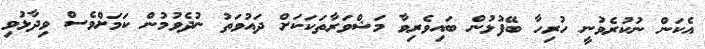
އެކަން ނުކުރެވުނީ ހުރިހާ ބޭފުޅުން ބައިވެރިވާ މަޝްވަރާތަކަކަށް ދައުވަތު ނުދެވުމުން ކަމަށްވެސް ވިދާޅުވި